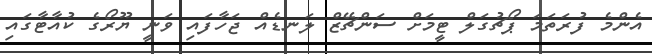
އެންމެ ފުރަތަމަ ޕޯޗުގަލް ޓީމަށް ސަންޗޭޒް ލަނޑެއް ޖަހާފައި ވަނީ ޔޫރޯގެ ކުއާޓާގައި